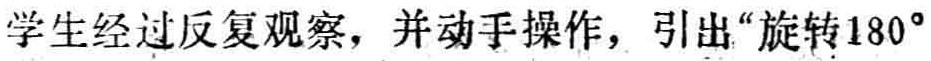
学生经过反复观察，并动手操作，引出“旋转180°